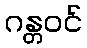
ဂန္တဝင်